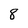
Character: 8